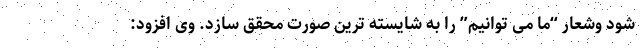
شود وشعار “ما می توانیم” را به شایسته ترین صورت محقق سازد. وی افزود: